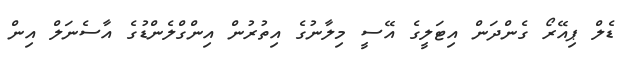
ޑެލް ޕިއޭރޯ ގެންދަން އިޓަލީގެ އޭސީ މިލާނުގެ އިތުރުން އިންގްލެންޑުގެ އާސެނަލް އިން